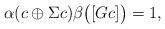
LaTeX: \begin{align*} \alpha( c \oplus \Sigma c )\beta \big( [ Gc ] \big) = 1,\end{align*}